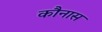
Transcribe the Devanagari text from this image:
कौनास